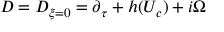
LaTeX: D = D _ { \xi = 0 } = \partial _ { \tau } + h ( U _ { c } ) + i \Omega \,